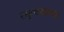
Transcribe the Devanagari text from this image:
रक्षयाम॥